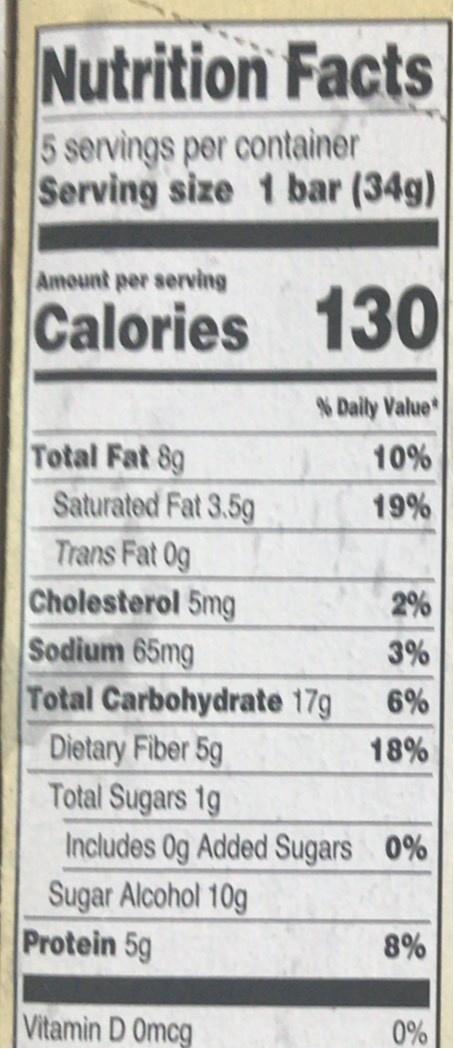
Nutrition Facts
5 servings per container Serving size 1 bar (34g)
Amount per serving
Calories 130
N Daily Value
Total Fat 8g Saturated Fat 3.5g
10%
19%
Trans Fat 0g Cholesterol 5mg Sodium 65mg Total Carbohydrate 17g
2%
3%
6%
Dietary Fiber 5g Total Sugars 1g Includes 0g Added Sugars 0% Sugar Alcohol 10g Protein 5g
18%
8%
Vitamin D Omcg
0%